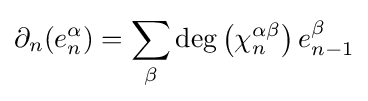
{\partial _{n}}(e_{n}^{\alpha })=\sum _{\beta }\deg \left(\chi _{n}^{\alpha \beta }\right)e_{n-1}^{\beta }